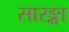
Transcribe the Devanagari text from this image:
सारङ्गा